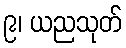
၉၊ ယညသုတ်